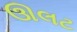
ઊલટ